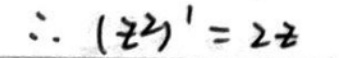
$\therefore (z^{2})' = 2z$